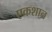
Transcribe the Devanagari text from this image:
एकशान